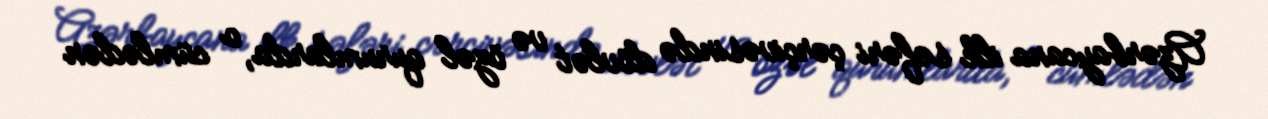
Azərbaycana ilk səfəri çərçivəsində dövlət və özəl qurumlarda, o cümlədən